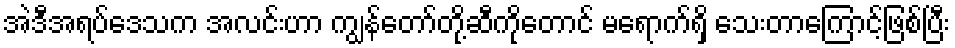
အဲဒီအရပ်ဒေသက အလင်းဟာ ကျွန်တော်တို့ဆီကိုတောင် မရောက်ရှိ သေးတာကြောင့်ဖြစ်ပြီး